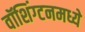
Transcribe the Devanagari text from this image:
वॉशिंग्टनमध्ये